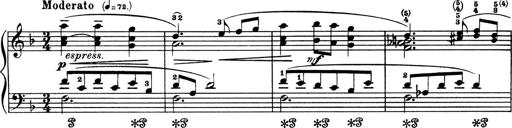
Title: 4 Sonatines
Composer: Max Reger